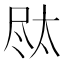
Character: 𪨐